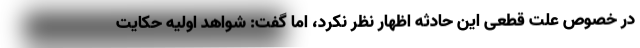
در خصوص علت قطعی این حادثه اظهار نظر نکرد، اما گفت: شواهد اولیه حکایت